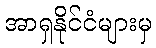
အာရှနိုင်ငံများမှ